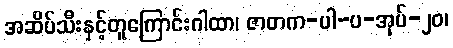
အဆိပ်သီးနှင့်တူကြောင်းဂါထာ၊ ဇာတက-ပါ-ပ-အုပ်-၂၀၊